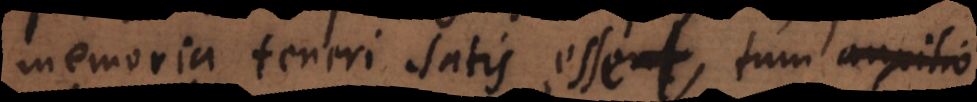
teneri satis esset, tum auxilio